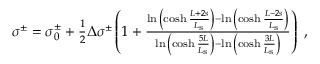
\begin{array} { r } { \sigma ^ { \pm } = \sigma _ { 0 } ^ { \pm } + \frac { 1 } { 2 } \Delta \sigma ^ { \pm } \left( 1 + \frac { \ln { \mathopen { } \mathclose \bgroup \left( \cosh \frac { L + 2 s } { L _ { \mathrm { s } } } \aftergroup \egroup \right) } - \ln { \mathopen { } \mathclose \bgroup \left( \cosh \frac { L - 2 s } { L _ { \mathrm { s } } } \aftergroup \egroup \right) } } { \ln { \mathopen { } \mathclose \bgroup \left( \cosh \frac { 5 L } { L _ { \mathrm { s } } } \aftergroup \egroup \right) } - \ln { \mathopen { } \mathclose \bgroup \left( \cosh \frac { 3 L } { L _ { \mathrm { s } } } \aftergroup \egroup \right) } } \right) ~ , } \end{array}